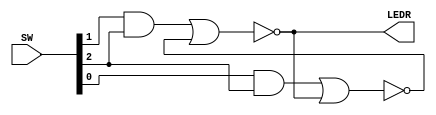
module PS4_ZAD1 (
input [2:0] SW,
output [0:0] LEDR);
(* keep = "true"*) wire R_g, S_g, Qa, Qb ;
assign R_g = SW[1] & SW[2];
assign S_g = SW[0] & SW[2];
assign Qa = ~(R_g | Qb);
assign Qb = ~(S_g | Qa);
assign LEDR[0] = Qa;
endmodule